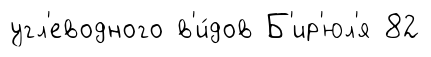
угл'еводного в'и́дов Б'ир'юл'я 82